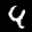
Label: 4